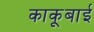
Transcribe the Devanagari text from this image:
काकूबाई